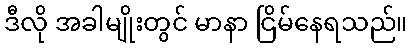
ဒီလို အခါမျိုးတွင် မာနာ ငြိမ်နေရသည်။